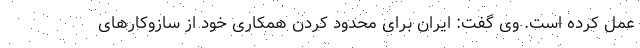
عمل کرده است. وی گفت: ایران برای محدود کردن همکاری خود از سازوکارهای